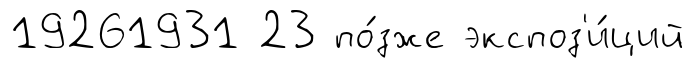
19261931 23 по́зже экспоз'и́ций